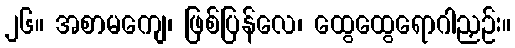
၂၆။ အစာမကျေ၊ ဖြစ်ပြန်လေ၊ ထွေထွေရောဂါညှဉ်း။